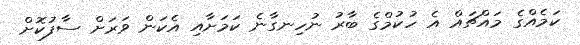
ކަމެއްގެ މައްޗައް އެ ހުކުމްގެ ބާރު ނުހިނގާނެ ކަމަށާއި އެކަން ވަރަށް ސާފުކޮށް